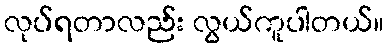
လုပ်ရတာလည်း လွယ်ကူပါတယ်။